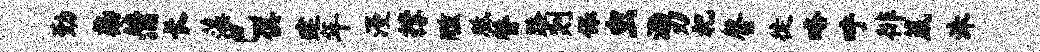
勤染蒲长藻巴俱建年漫撑醺胝替路剡保虫泐刃祀罄徙咯呼徘葳洙